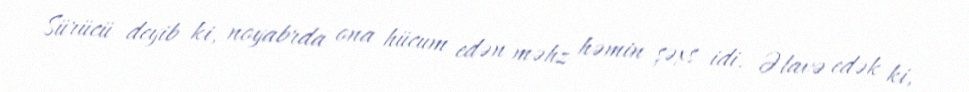
Sürücü deyib ki, noyabrda ona hücum edən məhz həmin şəxs idi. Əlavə edək ki,